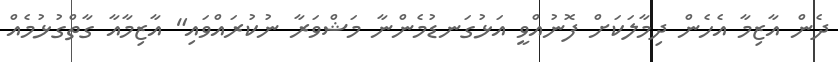
ދެން އާޒިމާ އެހެން ދިމާލަކަށް ފޮނުއްވީ އަޅުގަނޑުމެންނާ މަޝްވަރާ ނުކުރައްވައި" އާޒިމާއާ ގާތްގުޅުމެއް